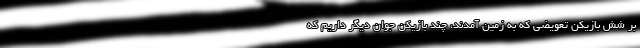
بر شش بازیکن تعویضی که به زمین آمدند، چند بازیکن جوان دیگر داریم که